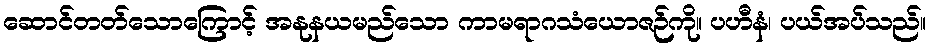
ဆောင်တတ်သောကြောင့် အနုနယမည်သော ကာမရာဂသံယောဇဉ်ကို။ ပဟီနံ၊ ပယ်အပ်သည်။